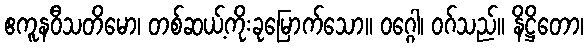
ဧကူနဝီသတိမော၊ တစ်ဆယ့်ကိုးခုမြောက်သော။ ဝဂ္ဂေါ၊ ဝဂ်သည်။ နိဋ္ဌိတော၊